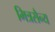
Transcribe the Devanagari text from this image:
मित्रसैन्य